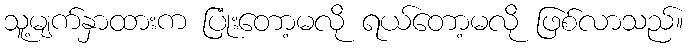
သူ့မျက်နှာထားက ပြုံးတော့မလို ရယ်တော့မလို ဖြစ်လာသည်။